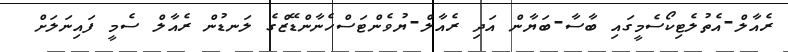
ރެއާލް-އެތުލެޓިކޯސެމީގައި ބާސާ-ބަޔާން އަދި ރެއާލް-ޔުވެންޓަސްހެނާންޑޭޒްގެ ލަނޑުން ރެއާލް ސެމީ ފައިނަލަށް